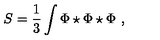
S = \frac { 1 } { 3 } \int \Phi \star \Phi \star \Phi \ ,